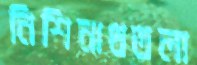
নিশিনাথতলা